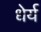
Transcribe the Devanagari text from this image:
धेर्य